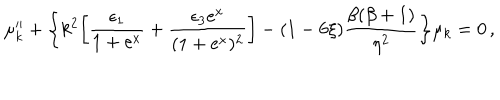
LaTeX: \mu _ { k } ^ { \prime \prime } + \biggl \{ k ^ { 2 } \biggl [ \frac { \epsilon _ { 1 } } { 1 + \mathrm { e } ^ { x } } + \frac { \epsilon _ { 3 } \mathrm { e } ^ { x } } { ( 1 + \mathrm { e } ^ { x } ) ^ { 2 } } \biggr ] - ( 1 - 6 \xi ) \frac { \beta ( \beta + 1 ) } { \eta ^ { 2 } } \biggr \} \mu _ { k } = 0 \, ,